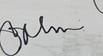
Signature authenticity: genuine